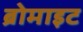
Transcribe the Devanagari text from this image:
ब्रोमाइट